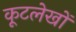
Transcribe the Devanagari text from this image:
कूटलेखों